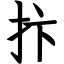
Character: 抃